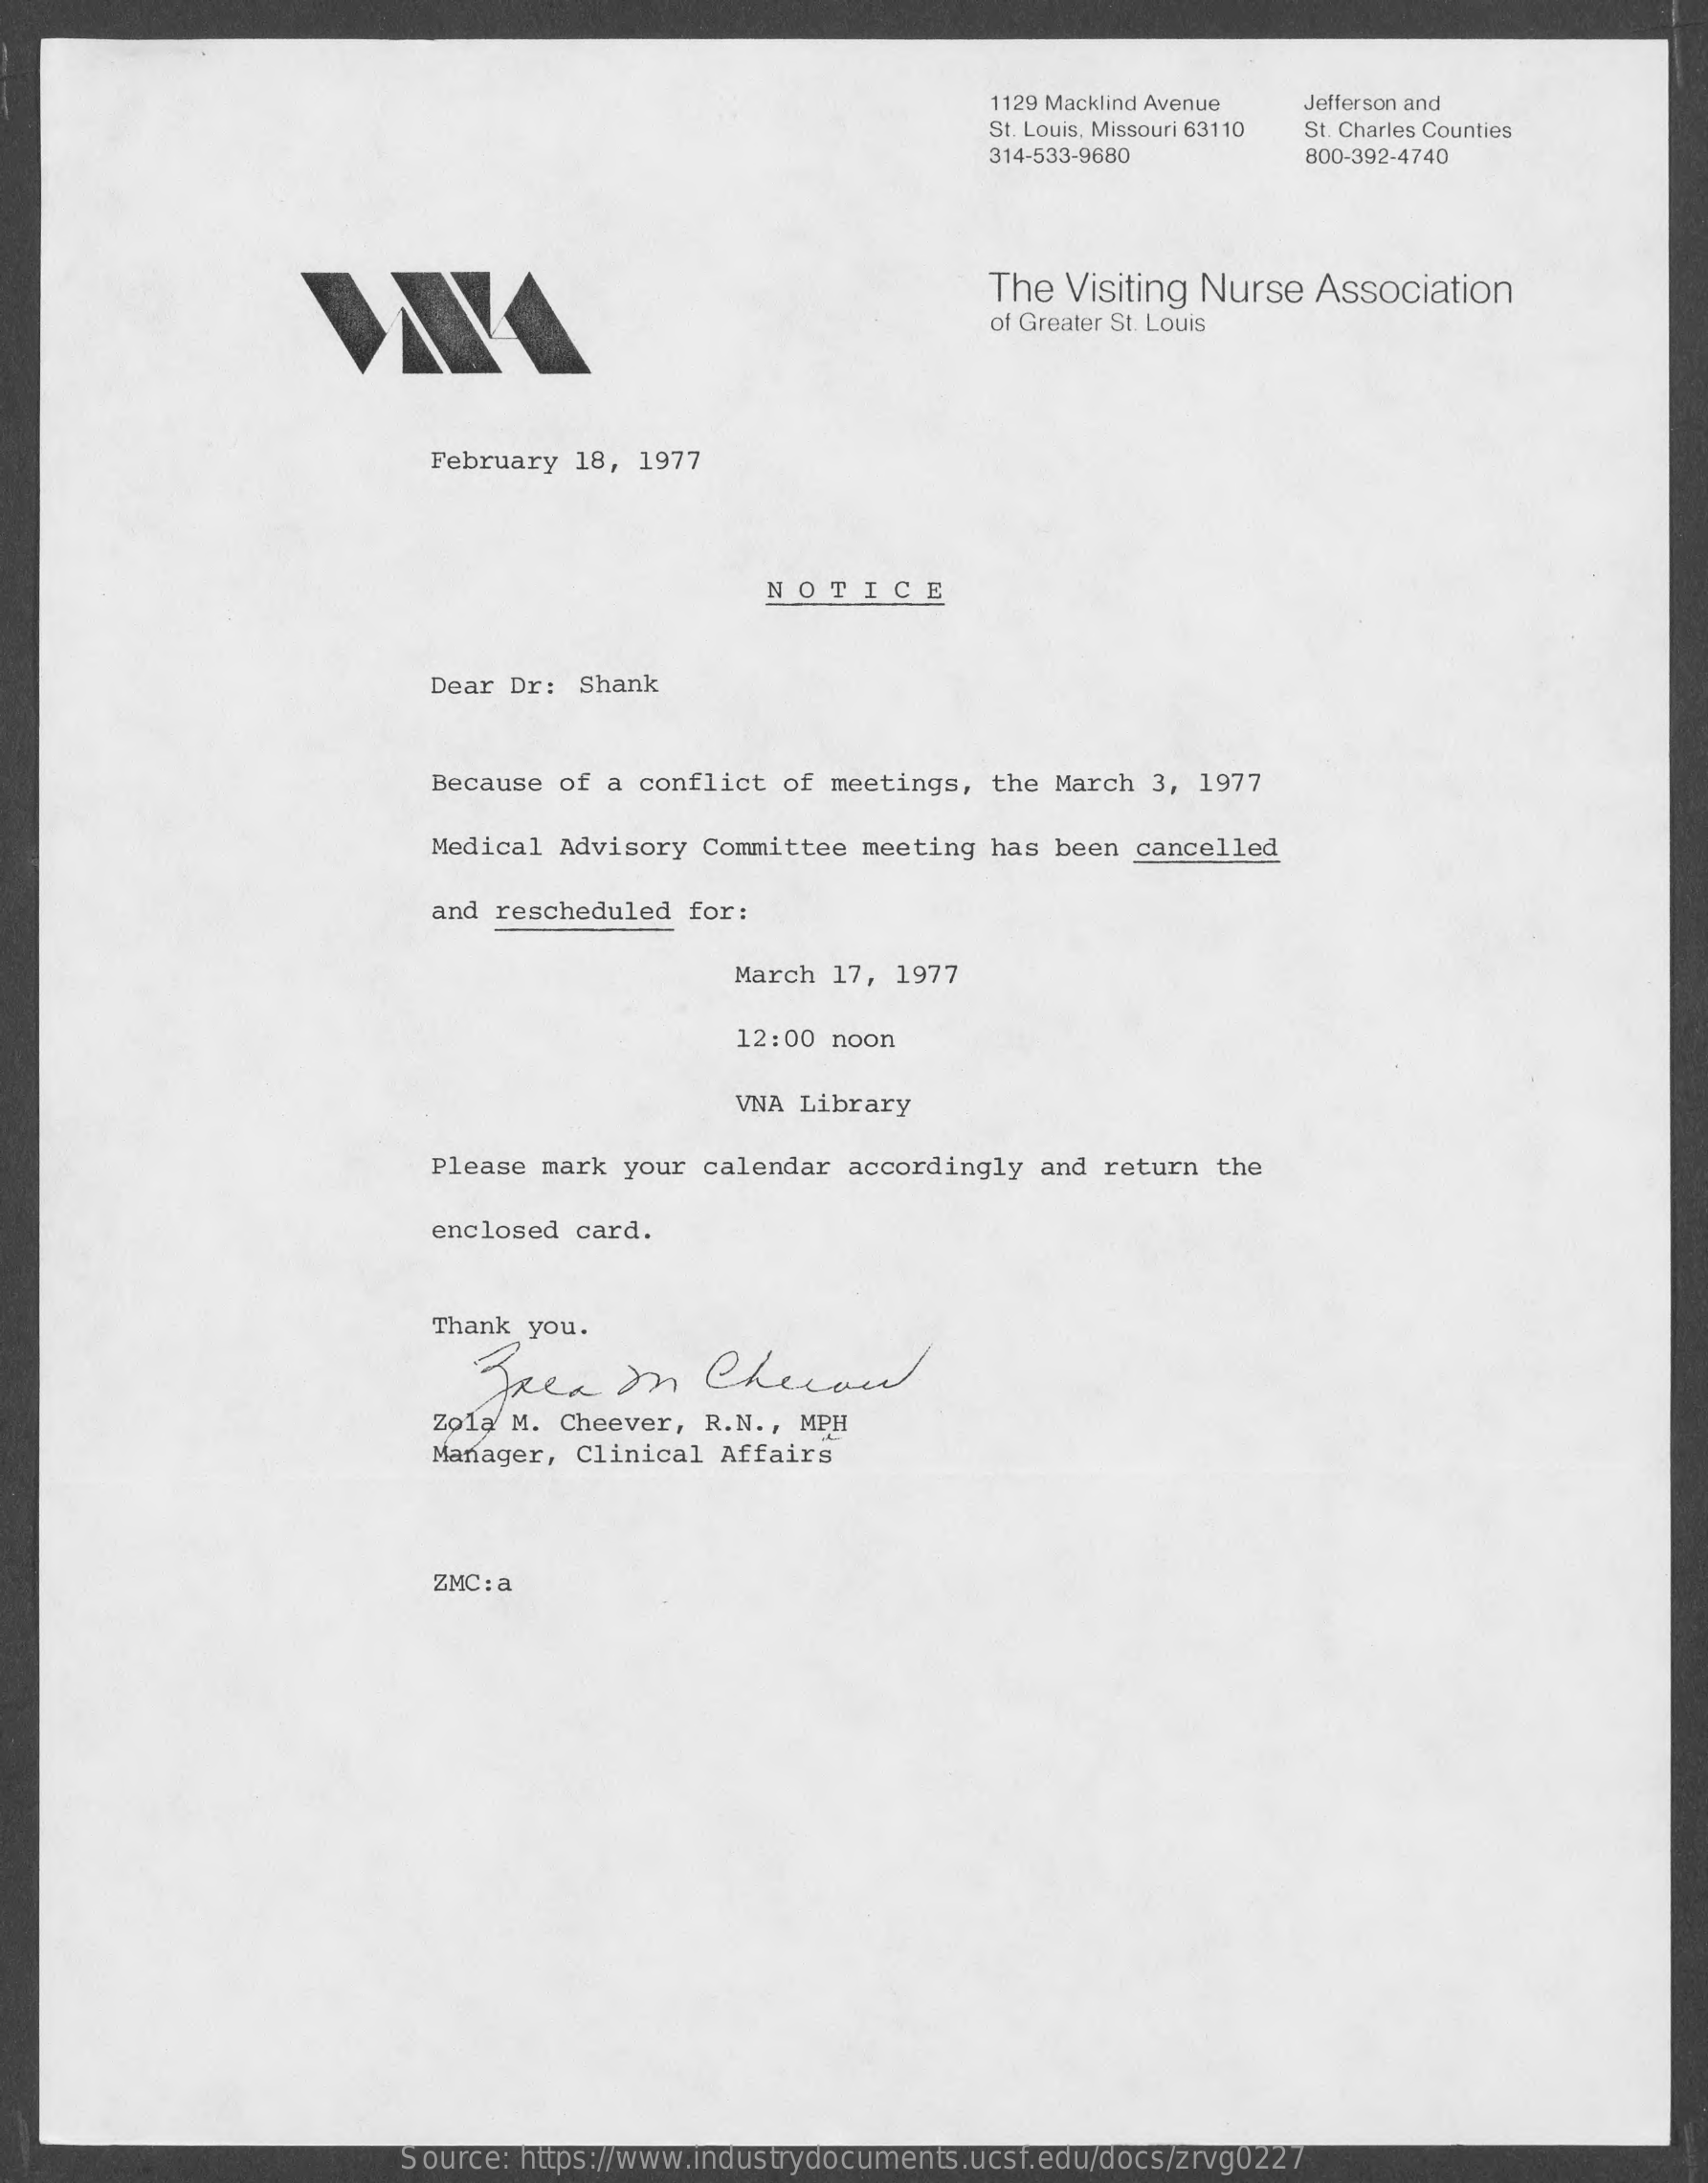
1129 Macklind Avenue
     St. Louis, Missouri 63110
     Jefferson and
     St. Charles Counties
     314-533-9680    800-392-4740
     The  Visiting Nurse  Association
     of Greater St. Louis
     February 18, 1977
     NOTICE
     Dear Dr:  Shank
     Because  of a conflict of meetings,  the March 3, 1977
     Medical  Advisory Committee meeting  has been cancelled
     and rescheduled  for:
     March  17, 1977
     12:00 noon
     VNA Library
     Please mark  your calendar accordingly  and return  the
     enclosed card.
     Thank you.
     Free    on   Cherund
     Zolą M. Cheever, R.N ., MPH
     Manager,  Clinical Affairs
     ZMC: a
     Source: https://www.industrydocuments.ucsf.edu/docs/zrvg0227